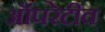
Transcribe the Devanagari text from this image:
ऑपरेटीव